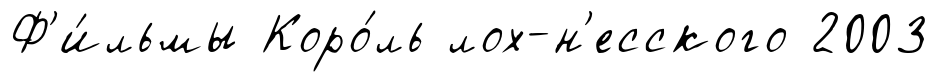
Ф'и́льмы Коро́ль лох-н'есского 2003